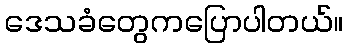
ဒေသခံတွေကပြောပါတယ်။